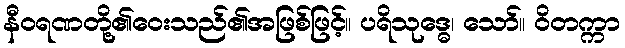
နီဝရဏတို့၏ဝေးသည်၏အဖြစ်ဖြင့်။ ပရိသုဒ္ဓေ၊ သော်။ ဝိတက္ကာ